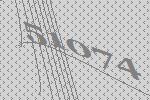
51074